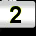
Digit: 2